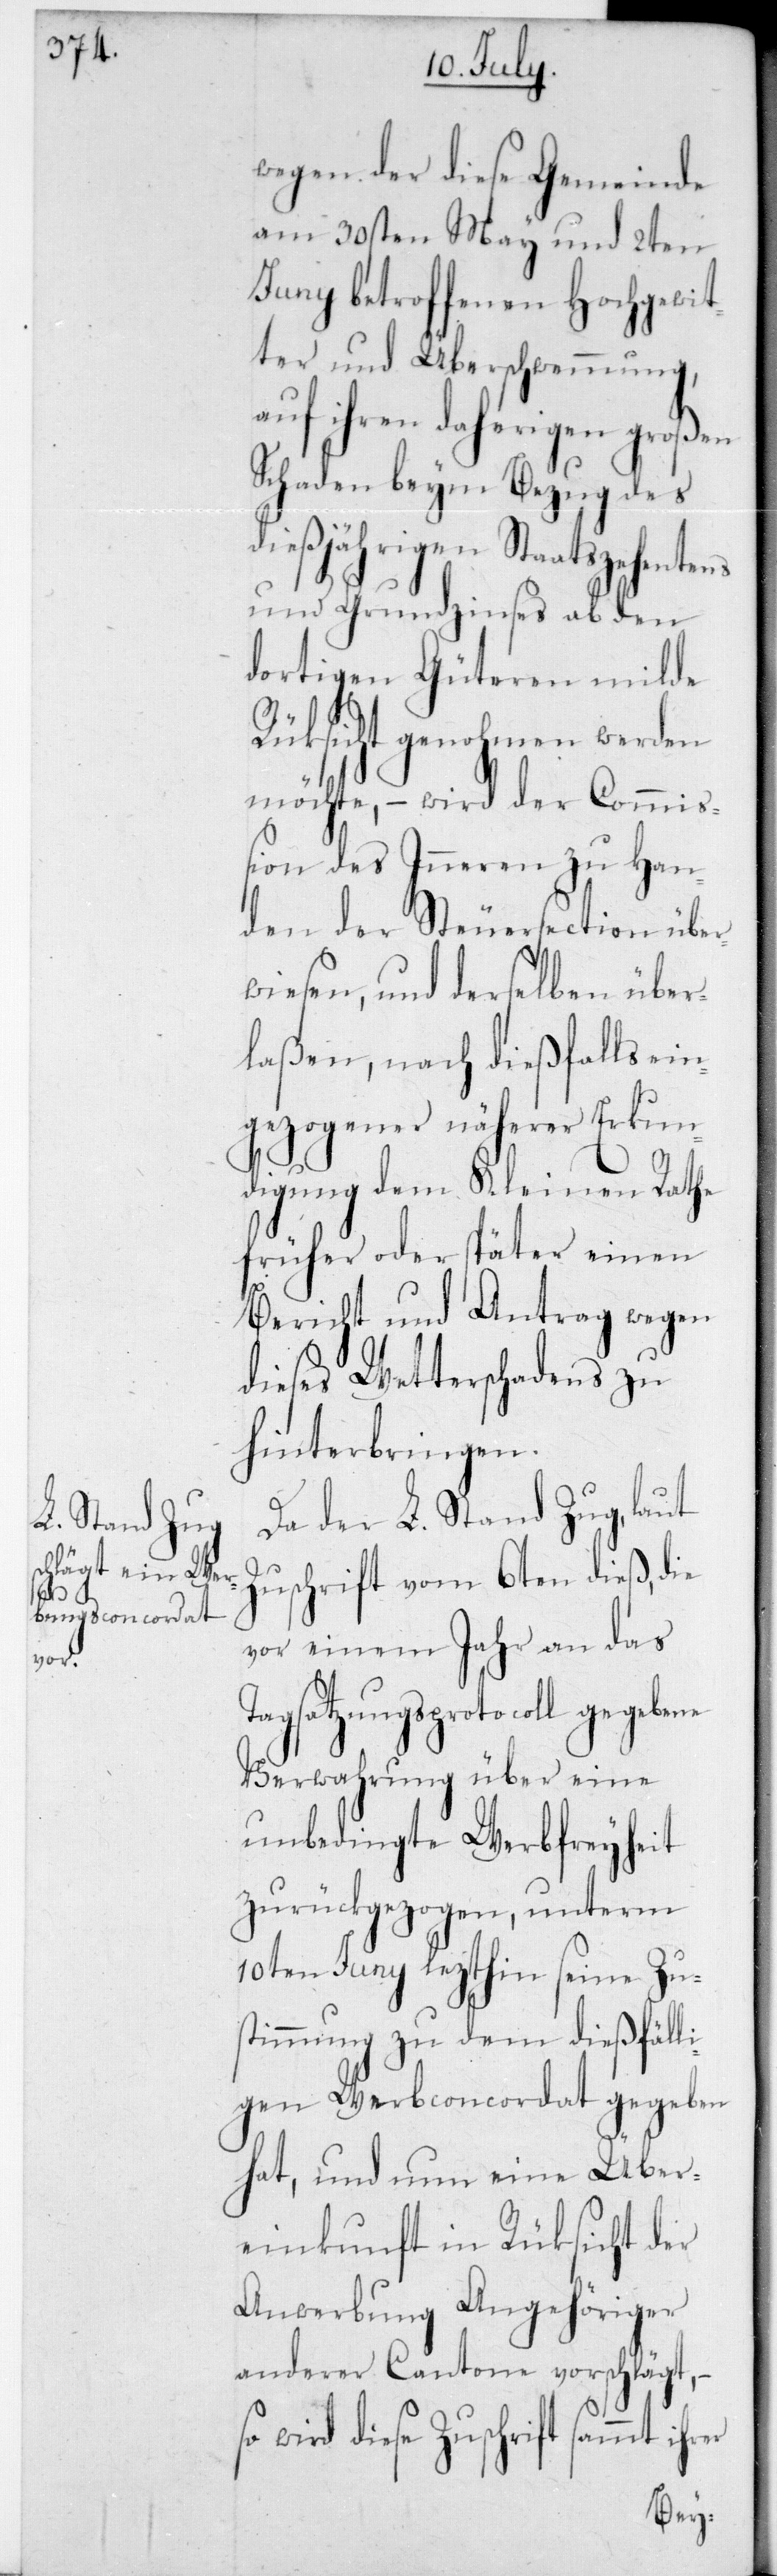
wegen der diese Gemeinde
am 30sten May und 2ten
Juny betroffenen Hochgewit¬
ter und Überschwemmung,
auf ihren daherigen großen
Schaden beym Bezug des
dießjährigen Staatszehentens
und Grundzinses ab den
dortigen Güteren milde
Rücksicht genohmen werden
möchte, – wird der Commiß¬
ion des Inneren zu Han¬
den der Steuersection über¬
wiesen, und derselben über¬
laßen, nach dießfalls ei¬
ngezogener näherer Erkun¬
digung dem Kleinen Rathe
früher oder später einen
Bericht und Antrag wegen
dieses Wetterschadens zu
hinterbringen.
Da der L. Stand Zug, laut
Zuschrift vom 6ten dieß, die
vor einem Jahr an das
Tagsatzungsprotocoll gege¬
Verwahrung über eine
unbedingte Werbfreyheit
zurückgezogen, unterm
10ten Juny lezthin seine Zu¬
stimmung zu dem dießfäll¬
igen Werbconcordat gegeben
hat, und nun eine Über¬
einkunft in Rücksicht der
Anwerbung Angehöriger
anderer Cantone vorschlägt,
wird diese Zuschrift sammt ih¬
rer